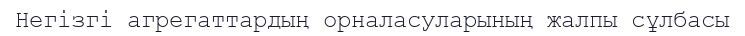
Негізгі агрегаттардың орналасуларының жалпы сұлбасы